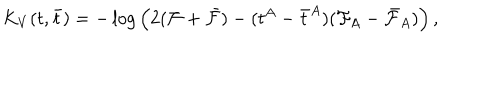
K _ { V } ( t , \bar { t } ) = - \log \Big ( 2 ( { \cal F } + \bar { \cal F } ) - ( t ^ { A } - \bar { t } ^ { A } ) ( { \cal F } _ { A } - \bar { \cal F } _ { A } ) \Big ) \, ,